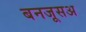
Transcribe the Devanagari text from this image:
बनजूसअ